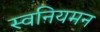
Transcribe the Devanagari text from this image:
स्वनियमन